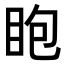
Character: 𥄹